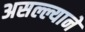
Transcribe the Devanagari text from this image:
असल्ल्याने